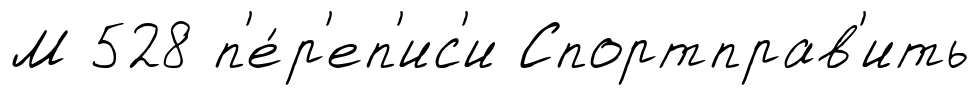
М 528 п'е́р'еп'ис'и Спортправ'ить